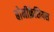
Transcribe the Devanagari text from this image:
बोनीफ़ेशियस